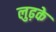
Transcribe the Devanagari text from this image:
लुढ़के